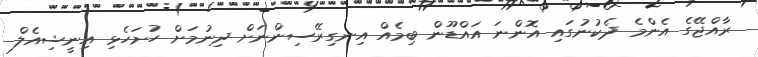
ރާއްޖޭގެ އެންމެ ދެކުނުގައި އޮންނަ އައްޑޫން ބިމެއް އިނގިރޭސިންނަށް ދިނުމަށް ހުށަހެޅި އިނީޝިއެލް